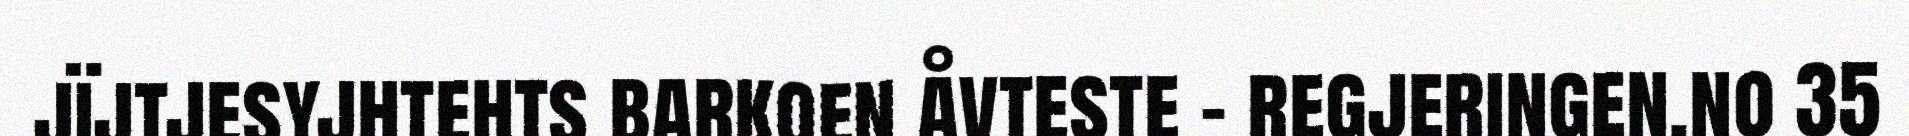
jïjtjesyjhtehts barkoen åvteste - regjeringen.no 35